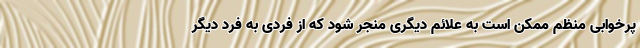
پرخوابی منظم ممکن است به علائم دیگری منجر شود که از فردی به فرد دیگر